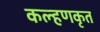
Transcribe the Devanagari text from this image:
कल्हणकृत